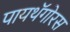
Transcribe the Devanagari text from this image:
पायथॅगोरस